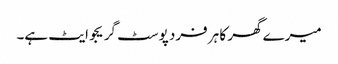
میرے گھر کا ہر فرد پوسٹ گریجوایٹ ہے۔